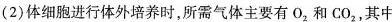
(2)体细胞进行体外培养时，所需气体主要有O_2和CO_2，其中